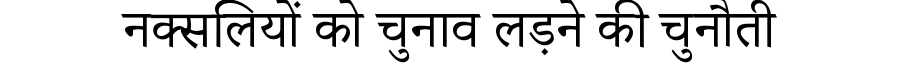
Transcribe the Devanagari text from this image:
नक्सलियों को चुनाव लड़ने की चुनौती